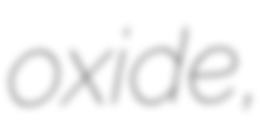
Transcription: oxide,